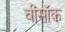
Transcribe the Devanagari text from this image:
वींसॉक